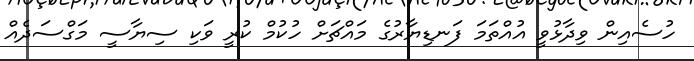
ހުސެއިން ވިދާޅުވީ އުއްތަމަ ފަނޑިޔާރުގެ މައްޗަށް ހުކުމް ކުރީ ވަކި ސިޔާސީ މަގްސަދެއް